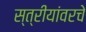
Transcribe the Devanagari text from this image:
स्त्रीयांवरचे